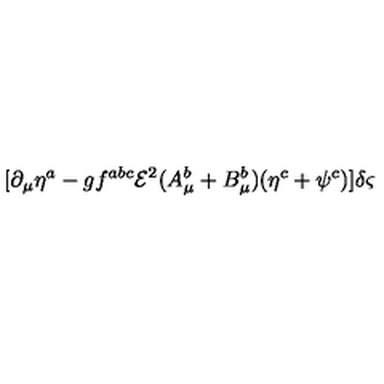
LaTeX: [ \partial _ { \mu } \eta ^ { a } - g f ^ { a b c } { \mathcal { E } } ^ { 2 } ( A _ { \mu } ^ { b } + B _ { \mu } ^ { b } ) ( \eta ^ { c } + \psi ^ { c } ) ] \delta \varsigma